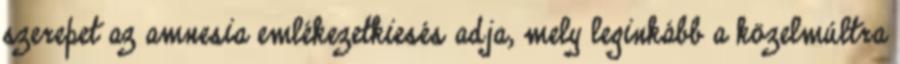
szerepet az amnesia emlékezetkiesés adja, mely leginkább a közelmúltra